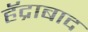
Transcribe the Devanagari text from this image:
हॅद्राबाद